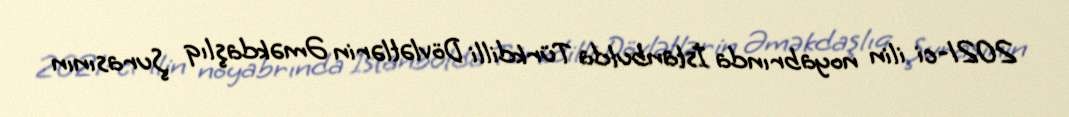
2021-ci ilin noyabrında İstanbulda Türkdilli Dövlətlərin Əməkdaşlıq Şurasının